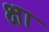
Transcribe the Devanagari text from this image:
क्षा